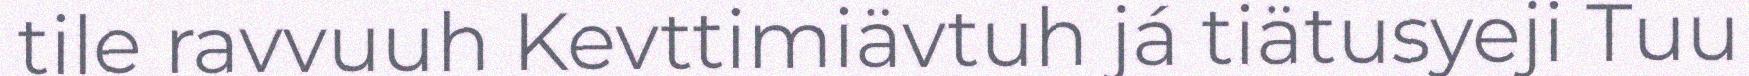
tile ravvuuh Kevttimiävtuh já tiätusyeji Tuu